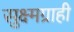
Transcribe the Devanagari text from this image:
सुक्ष्मग्राही